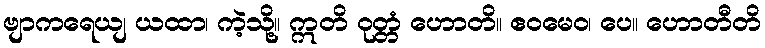
ဗျာကရေယျ ယထာ၊ ကဲ့သို့။ ဣတိ ဝုတ္တံ ဟောတိ။ ဧဝမေဝ၊ ပေ။ ဟောတီတိ